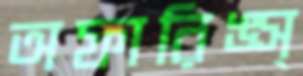
অফারিঙ্স্